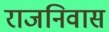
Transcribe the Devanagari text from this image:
राजनिवास